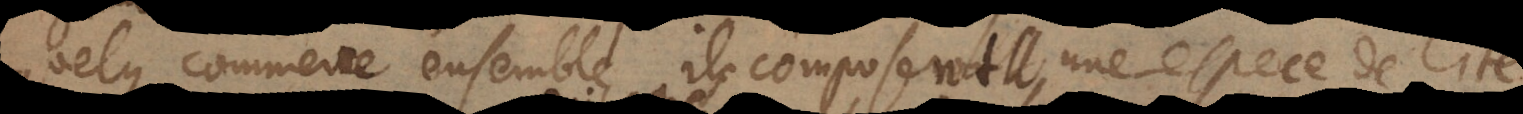
quelque commerce ensemble ils composent une espece de Cité,